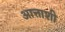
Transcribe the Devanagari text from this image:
आत्ताशी